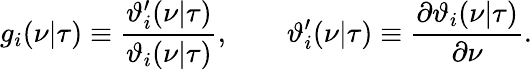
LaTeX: g_{i}(\nu|\tau)\equiv{\frac{\vartheta_{i}^{\prime}(\nu|\tau)}{\vartheta_{i}(\nu|\tau)}},\qquad\vartheta_{i}^{\prime}(\nu|\tau)\equiv{\frac{\partial\vartheta_{i}(\nu|\tau)}{\partial\nu}}.